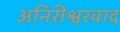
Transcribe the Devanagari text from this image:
अनिरीश्वरवाद